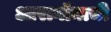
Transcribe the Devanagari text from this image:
आरागॉनाची